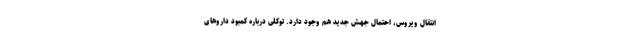
انتقال ویروس، احتمال جهش جدید هم وجود دارد. توکلی درباره کمبود داروهای